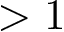
> 1